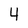
Character: 4